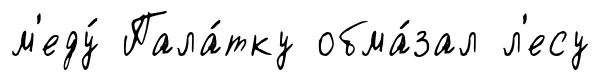
м'еду́ Пала́тку обма́зал л'есу